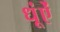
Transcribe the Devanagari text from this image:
धूंऐं